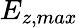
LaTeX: E_{z,max}